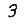
Digit: 3